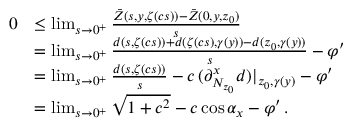
\begin{array} { r l } { 0 } & { \leq \operatorname* { l i m } _ { s \to 0 ^ { + } } \frac { \bar { Z } ( s , y , \zeta ( c s ) ) - \bar { Z } ( 0 , y , z _ { 0 } ) } { s } } \\ & { = \operatorname* { l i m } _ { s \to 0 ^ { + } } \frac { d ( s , \zeta ( c s ) ) + d ( \zeta ( c s ) , \gamma ( y ) ) - d ( z _ { 0 } , \gamma ( y ) ) } { s } - \varphi ^ { \prime } } \\ & { = \operatorname* { l i m } _ { s \to 0 ^ { + } } \frac { d ( s , \zeta ( c s ) ) } { s } - c \, ( \partial _ { N _ { z _ { 0 } } } ^ { x } d ) | _ { z _ { 0 } , \gamma ( y ) } - \varphi ^ { \prime } } \\ & { = \operatorname* { l i m } _ { s \to 0 ^ { + } } \sqrt { 1 + c ^ { 2 } } - c \cos \alpha _ { x } - \varphi ^ { \prime } \, . } \end{array}